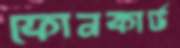
ফোনকার্ড